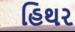
હિથર